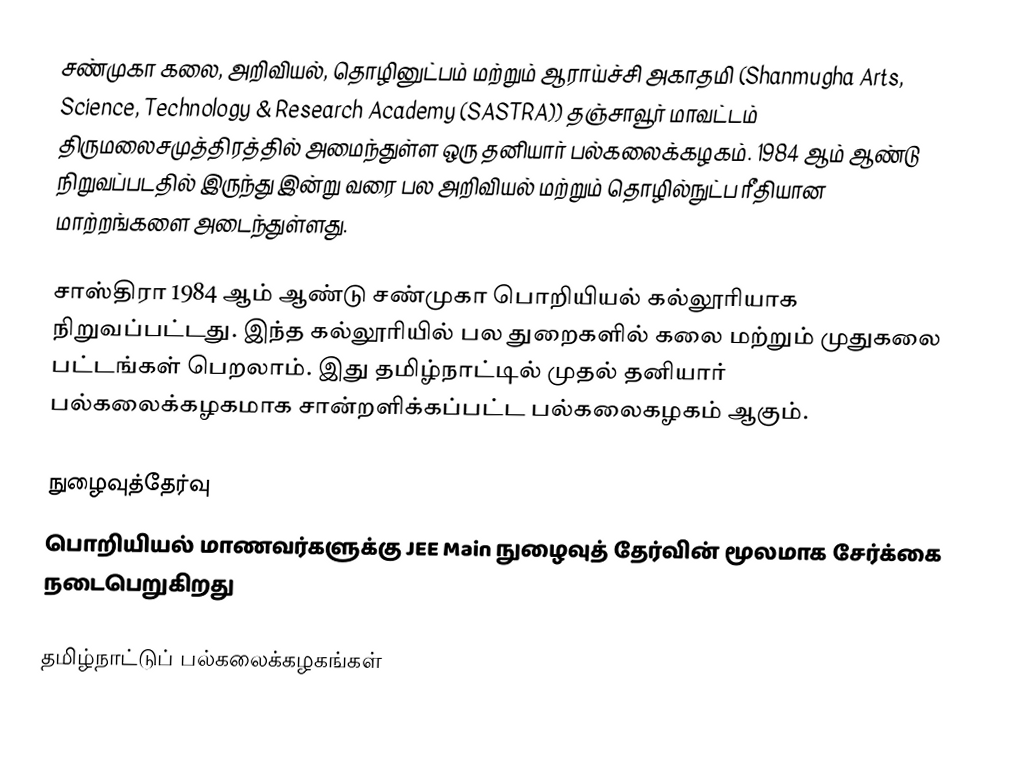
சண்முகா கலை, அறிவியல், தொழினுட்பம் மற்றும் ஆராய்ச்சி அகாதமி (Shanmugha Arts, Science, Technology & Research Academy (SASTRA)) தஞ்சாவூர் மாவட்டம் திருமலைசமுத்திரத்தில் அமைந்துள்ள ஒரு தனியார் பல்கலைக்கழகம். 1984 ஆம் ஆண்டு நிறுவப்படதில் இருந்து இன்று வரை பல அறிவியல் மற்றும் தொழில்நுட்ப ரீதியான மாற்றங்களை அடைந்துள்ளது.

சாஸ்திரா 1984 ஆம் ஆண்டு சண்முகா பொறியியல் கல்லூரியாக நிறுவப்பட்டது. இந்த கல்லூரியில் பல துறைகளில் கலை மற்றும் முதுகலை பட்டங்கள் பெறலாம். இது தமிழ்நாட்டில் முதல் தனியார் பல்கலைக்கழகமாக சான்றளிக்கப்பட்ட பல்கலைகழகம் ஆகும்.

நுழைவுத்தேர்வு
 பொறியியல் மாணவர்களுக்கு JEE Main நுழைவுத் தேர்வின் மூலமாக சேர்க்கை நடைபெறுகிறது

தமிழ்நாட்டுப் பல்கலைக்கழகங்கள்